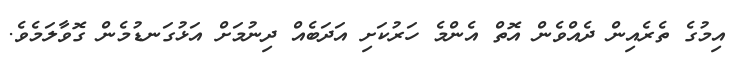
އިމުގެ ތެރެއިން ދެއްވެން އޮތް އެންމެ ހަރުކަށި އަދަބެއް ދިނުމަށް އަޅުގަނޑުމެން ގޮވާލަމެވެ.